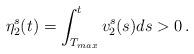
LaTeX: \begin{align*}\eta^s_2(t)=\int_{T_{max}}^t v^s_2(s) ds>0\,.\end{align*}